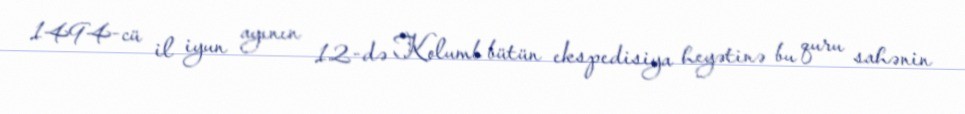
1494-cü il iyun ayının 12-də Kolumb bütün ekspedisiya heyətinə bu quru sahənin